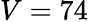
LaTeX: V=74